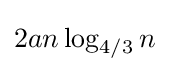
2an\log _{4/3}n